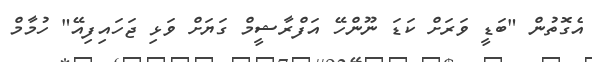
އެގޮތުން "ބަޑީ ވަރަށް ކަޑަ ނޫންހޭ އަފްރާޝީމް ގަޔަށް ވަޅި ޖަހައިފިއޭ" ހުމާމް